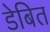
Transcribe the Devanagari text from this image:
डेबित